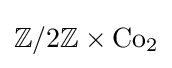
\mathbb {Z} /2\mathbb {Z} \times \mathrm {Co} _{2}